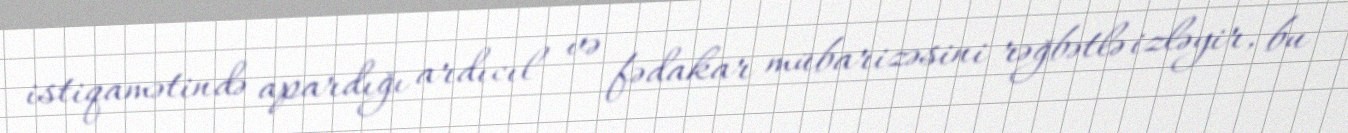
istiqamətində apardığı ardıcıl və fədakar mübarizəsini rəğbətlə izləyir, bu